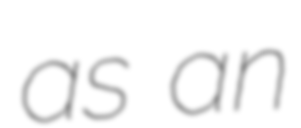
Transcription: as an